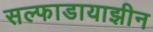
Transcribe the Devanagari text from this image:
सल्फाडायाझीन